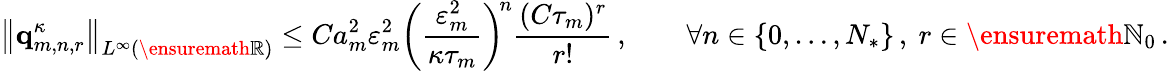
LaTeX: \bigl\| \mathbf{q}_{m,n,r}^{\kappa}\bigr\| _{L^{\infty}(\ensuremath{\mathbb{R}})}\leq Ca_{m}^{2}\varepsilon_{m}^{2}\biggl(\frac{\varepsilon_{m}^{2}}{\kappa\tau_{m}}\biggr)^{\! n}\frac{(C\tau_{m})^{r}}{r!}\, ,\qquad\forall n\in\{ 0,\ldots,N_{*}\} \, ,\ r\in\ensuremath{\mathbb{N}}_{0}\, .